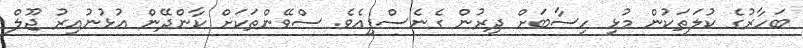
ބަހާރުގެ ކުލަތަކުން މުޅި ހިސާބަށް ދިރުން ގެނެސްފިއެވެ. ސްވޭންތަކަށް ކާންދޭން އުޅުނުއިރު ޖޫލް